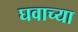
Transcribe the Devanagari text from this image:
घवाच्या